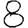
Digit: 8